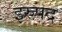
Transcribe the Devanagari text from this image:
इरुपद